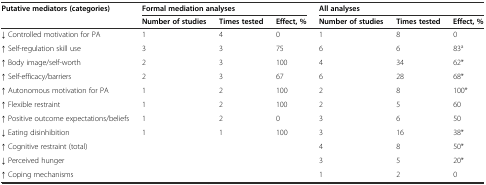
| <ROWSPAN=2> Putative mediators (categories) | <COLSPAN=3> Formal mediation analyses | <COLSPAN=3> All analyses |
 | Number of studies | Times tested | Effect, % | Number of studies | Times tested | Effect, % |
 | --- | --- | --- | --- | --- | --- | --- |
 | ↓ Controlled motivation for PA | 1 | 4 | 0 | 1 | 8 | 0 |
 | ↑ Self-regulation skill use | 3 | 3 | 75 | 6 | 6 | 83a |
 | ↑ Body image/self-worth | 2 | 3 | 100 | 4 | 34 | 62* |
 | ↑ Self-efficacy/barriers | 2 | 3 | 67 | 6 | 28 | 68* |
 | ↑ Autonomous motivation for PA | 1 | 2 | 100 | 2 | 8 | 100* |
 | ↑ Flexible restraint | 1 | 2 | 100 | 2 | 5 | 60 |
 | ↑ Positive outcome expectations/beliefs | 1 | 2 | 0 | 3 | 6 | 50 |
 | ↓ Eating disinhibition | 1 | 1 | 100 | 3 | 16 | 38* |
 | ↑ Cognitive restraint (total) |  |  |  | 4 | 8 | 50* |
 | ↓ Perceived hunger |  |  |  | 3 | 5 | 20* |
 | ↑ Coping mechanisms |  |  |  | 1 | 2 | 0 |